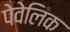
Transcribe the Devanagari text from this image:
पेवेलिक